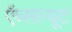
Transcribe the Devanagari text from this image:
ऍब्सल्यूट